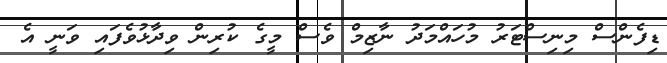
ޑިފެންސް މިނިސްޓަރު މުހައްމަދު ނާޒިމް ވެސް މީގެ ކުރިން ވިދާޅުވެފައި ވަނީ އެ